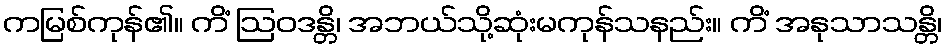
ကမြစ်ကုန်၏။ ကိံ ဩဝဒန္တိ၊ အဘယ်သို့ဆုံးမကုန်သနည်း။ ကိံ အနုသာသန္တိ၊